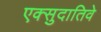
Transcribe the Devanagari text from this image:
एक्सुदातिवे